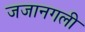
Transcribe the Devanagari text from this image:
जजानगली